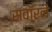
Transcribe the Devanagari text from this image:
सवॉरने